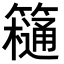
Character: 𥶥